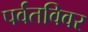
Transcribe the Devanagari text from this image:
पर्वतविवर